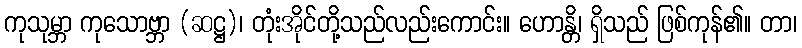
ကုသုမ္ဘာ ကုသောဗ္ဘာ (ဆဋ္ဌ)၊ တုံးအိုင်တို့သည်လည်းကောင်း။ ဟောန္တိ၊ ရှိသည် ဖြစ်ကုန်၏။ တာ၊